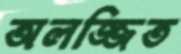
অলজ্জিত